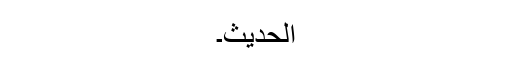
الْحَدِیْثَ۔